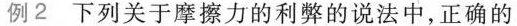
例2下列关于摩擦力的利弊的说法中，正确的